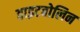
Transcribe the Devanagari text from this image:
वाइटबोलिन